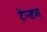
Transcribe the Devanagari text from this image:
टेन्डम